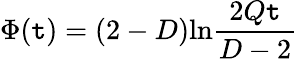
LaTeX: \Phi(\mathtt{t})=(2-D)\mathrm{{ln}}\frac{{2Q\mathtt{t}}}{{D-2}}